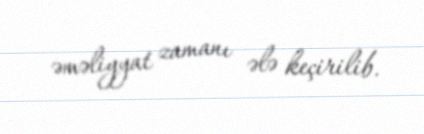
əməliyyat zamanı ələ keçirilib.